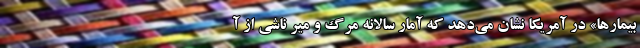
بیمارها» در آمریکا نشان می‌دهد که آمار سالانه مرگ و میر ناشی از آ